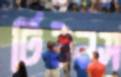
টিউনস